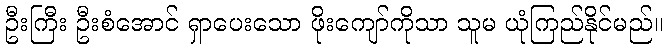
ဦးကြီး ဦးစံအောင် ရှာပေးသော ဖိုးကျော်ကိုသာ သူမ ယုံကြည်နိုင်မည်။